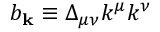
b _ { \mathbf { k } } \equiv \Delta _ { \mu \nu } k ^ { \mu } k ^ { \nu }